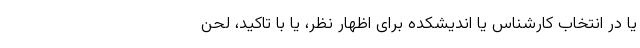
یا در انتخاب کارشناس یا اندیشکده برای اظهار نظر، یا با تاکید، لحن